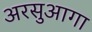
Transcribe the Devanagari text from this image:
अरसुआगा